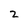
Character: 2